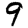
Digit: 9